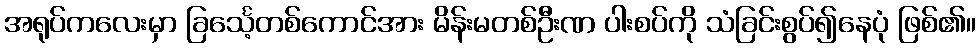
အရုပ်ကလေးမှာ ခြင်္သေ့တစ်ကောင်အား မိန်းမတစ်ဦးဏ ပါးစပ်ကို သံခြင်းစွပ်၍နေပုံ ဖြစ်၏။